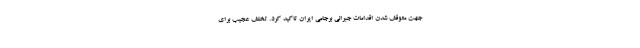
جهت متوقف شدن اقدامات جبرانی برجامی ایران تاکید کرد. تخلف عجیب برای